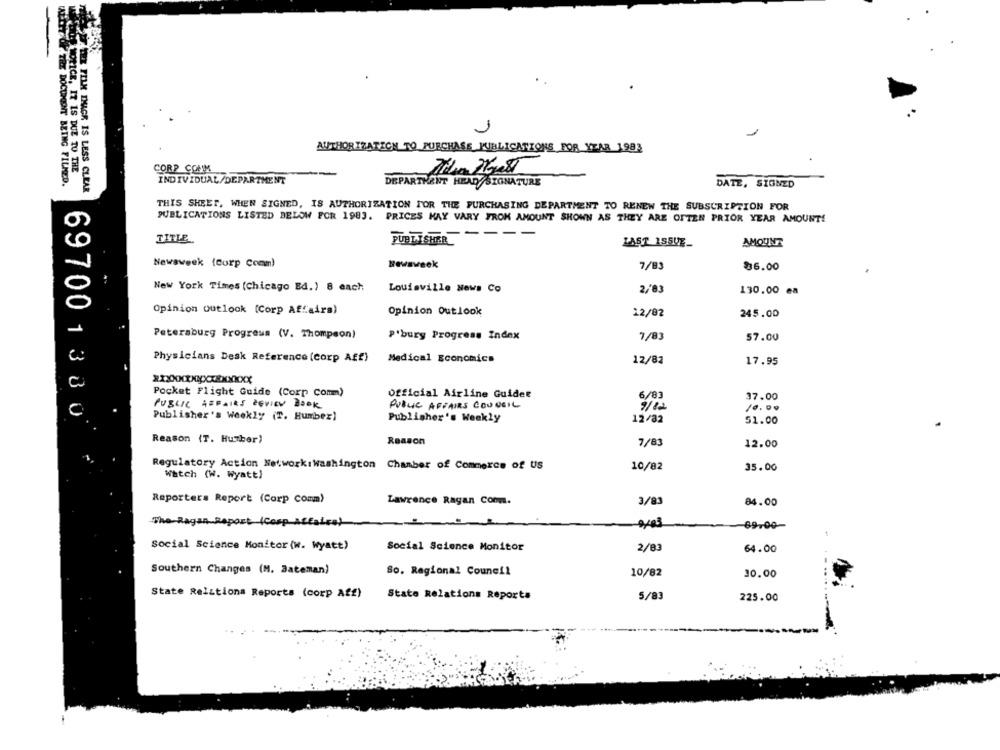
1
1
AUTHORIZATION TO PURCHASE PUBLICATIONS FOR YEAR 1983
NOTICE, IT IS DUE TO THE
CORP CONM
INDIVIDUAL/DEPARTMENT
OF THE DOCUMENT BEING FILMED.
DEPARTMENT HEAD SIGNATURE
DATE, SIGNED
FIN DUGR IS LESS CLEAR
THIS SHEET, WHEN SIGNED, IS AUTHORIZATION FOR THE PURCHASING DEPARTMENT TO RENEW THE SUBSCRIPTION FOR
PUBLICATIONS LISTED BELOW FOR 1983. PRICES MAY VARY FROM AMOUNT SHOWN AS THEY ARE OFTEN PRIOR YEAR AMOUNT!
----
TITLE
PUBLISHER
LAST ISSUE-
AMOUNT
Newsweek (corp Comm)
Newsweek
7/83
86.00
New York Times (Chicago Ed.) 8 each
Louisville News Co
2/83
130.00 ea
Opinion outlook [Corp Affairs)
Opinion Outlook
12/82
245.00
Petersburg Progress (V. Thompson)
P'bury Progress Index
7/83
57.00
Physicians Desk Reference (corp Aff)
Medical Economics
12/82
17.95
xxxxxxxxxxxxxxxx
Pocket Flight Guide (Corp Comm)
Official Airline Guidet
6/83
37.00
PUBLIC AFFAIRS REVIEW BOOK
PUBLIC AFFAIRS COUPEIL
9/ 12
10.00
697001330
Publisher's Weekly (T. Humber)
Publisher's Weekly
12/32
51.00
Reason (T. Humber)
Reason
7/83
12.00
Regulatory Action Network:washington Chamber of Commerce of US
10/82
35.00
Watch (W. Wyatt)
Reporters Report (Corp Comm)
Lawrence Ragan Conm.
3/83
84.00
The-Ragan Report (Cosp ACC)
-9,83
69.00-
Social Science Monitor (w. Wyatt)
Social Science Monitor
2/83
64.00
Southern Changes (M. Bateman)
So. Regional Council
10/82
10.00
State Relations Reports (corp Aff)
State Relations Reports
5/83
225.00